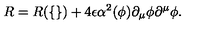
R = R ( \{ \} ) + 4 \epsilon \alpha ^ { 2 } ( \phi ) \partial _ { \mu } \phi \partial ^ { \mu } \phi .